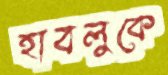
হাবলুকে